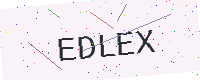
Text: EDLEX